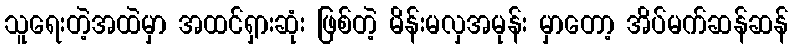
သူရေးတဲ့အထဲမှာ အထင်ရှားဆုံး ဖြစ်တဲ့ မိန်းမလှအမုန်း မှာတော့ အိပ်မက်ဆန်ဆန်